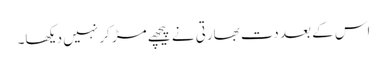
اس کے بعد دت بھارتی نے پیچھے مڑ کر نہیں دیکھا۔